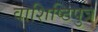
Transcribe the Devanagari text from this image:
वाशिष्टिपुत्र